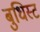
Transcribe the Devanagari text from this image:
बुधिस्ट